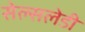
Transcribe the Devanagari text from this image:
सेल्सलेडी